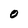
Character: O